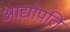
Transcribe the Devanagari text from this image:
आद्योपति